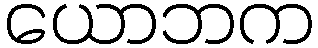
ယောဘက